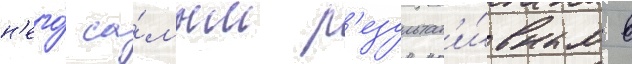
н'его́ са́мым р'езультат'и́вным в